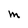
Character: M